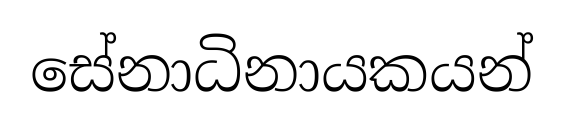
සේනාධිනායකයන්